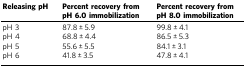
| Releasing pH | Percent recovery from pH 6.0 immobilization | Percent recovery from pH 8.0 immobilization |
 | --- | --- | --- |
 | pH 3 | 87.8 ± 5.9 | 99.8 ± 4.1 |
 | pH 4 | 68.8 ± 4.4 | 86.5 ± 5.3 |
 | pH 5 | 55.6 ± 5.5 | 84.1 ± 3.1 |
 | pH 6 | 41.8 ± 3.5 | 47.8 ± 4.1 |